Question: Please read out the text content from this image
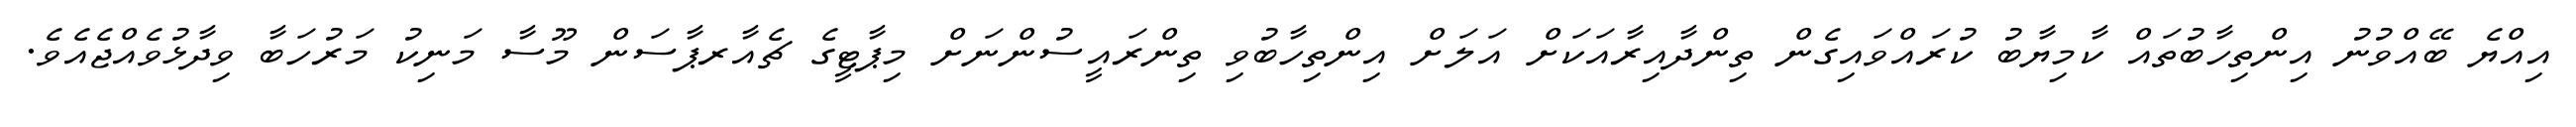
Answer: އިއްޔެ ބޭއްވުނު އިންތިހާބުތައް ކާމިޔާބު ކުރައްވައިގެން ތިންދާއިރާއަކަށް އަލަށް އިންތިހާބުވި ތިންރައީސުންނަށް މިޕާޓީގެ ޗެއާރޕާސަން މޫސާ މަނިކު މަރުހަބާ ވިދާޅުވެއްޖެއެވެ.